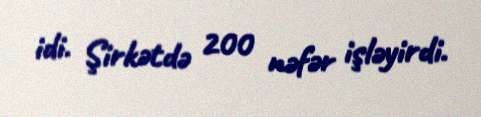
idi. Şirkətdə 200 nəfər işləyirdi.